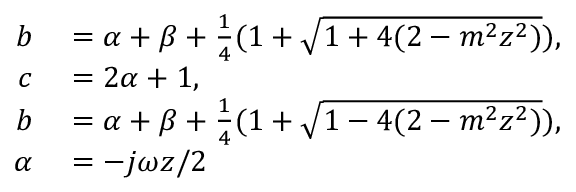
\begin{array} { r l } { b } & { { } = \alpha + \beta + \frac { 1 } { 4 } ( 1 + \sqrt { 1 + 4 ( 2 - m ^ { 2 } z ^ { 2 } ) } ) , } \\ { c } & { { } = 2 \alpha + 1 , } \\ { b } & { { } = \alpha + \beta + \frac { 1 } { 4 } ( 1 + \sqrt { 1 - 4 ( 2 - m ^ { 2 } z ^ { 2 } ) } ) , } \\ { \alpha } & { { } = - j \omega z / 2 } \end{array}